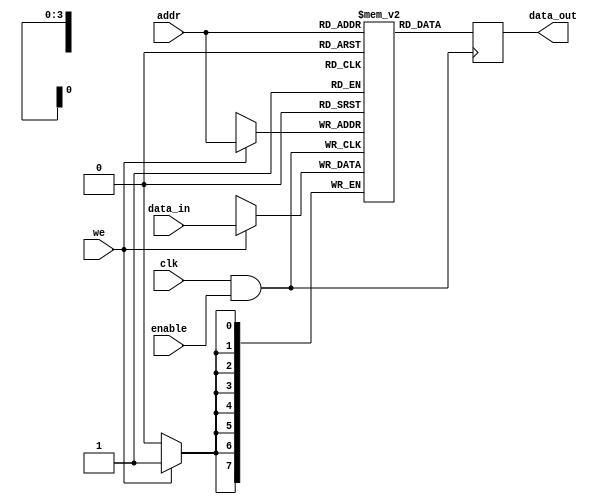
module MemoryBlock (
    input wire clk,            // Main clock signal
    input wire enable,         // Enable signal for clock gating
    input wire [7:0] data_in,  // Data input for the memory block
    output reg [7:0] data_out, // Data output from the memory block
    input wire [3:0] addr,     // Address for memory access
    input wire we              // Write enable signal
);

    // Memory array (8-bit wide, 16 entries)
    reg [7:0] memory [0:15];

    // Gated clock signal
    wire gated_clk;

    // Clock Gating Logic
    assign gated_clk = clk & enable; // AND gate for clock gating

    always @(posedge gated_clk) begin
        if (we) begin
            // Write operation
            memory[addr] <= data_in;
        end
        // Read operation
        data_out <= memory[addr];
    end

endmodule